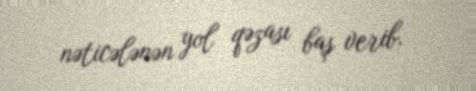
nəticələnən yol qəzası baş verib.